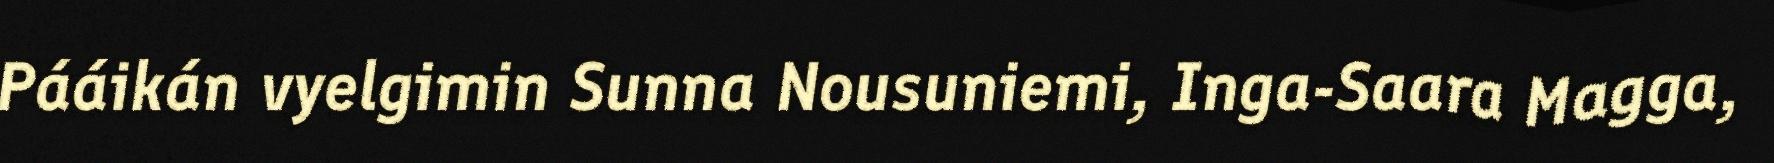
Pááikán vyelgimin Sunna Nousuniemi, Inga-Saara Magga,